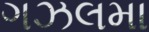
ગઝલમા